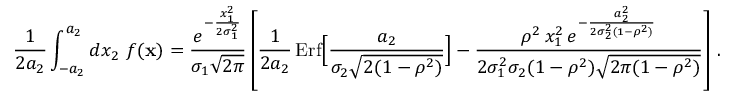
{ \frac { 1 } { 2 a _ { 2 } } } \int _ { - a _ { 2 } } ^ { a _ { 2 } } d x _ { 2 } \ f ( { \bf x } ) = { \frac { e ^ { - { \frac { x _ { 1 } ^ { 2 } } { 2 \sigma _ { 1 } ^ { 2 } } } } } { \sigma _ { 1 } \sqrt { 2 \pi } } } \left[ { \frac { 1 } { 2 a _ { 2 } } } \, \mathrm { E r f } \Big [ { \frac { a _ { 2 } } { \sigma _ { 2 } \sqrt { 2 ( 1 - \rho ^ { 2 } ) } } } \Big ] - { \frac { \rho ^ { 2 } \, x _ { 1 } ^ { 2 } \, e ^ { - { \frac { a _ { 2 } ^ { 2 } } { 2 \sigma _ { 2 } ^ { 2 } ( 1 - \rho ^ { 2 } ) } } } } { 2 \sigma _ { 1 } ^ { 2 } \sigma _ { 2 } ( 1 - \rho ^ { 2 } ) \sqrt { 2 \pi ( 1 - \rho ^ { 2 } ) } } } \right] \, .